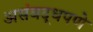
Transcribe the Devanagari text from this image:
असंबद्धपणे